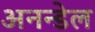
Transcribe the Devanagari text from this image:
अनन्डेल